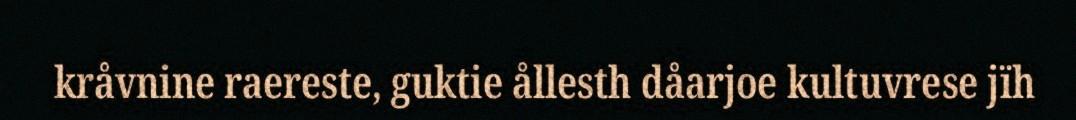
kråvnine raereste, guktie ållesth dåarjoe kultuvrese jïh